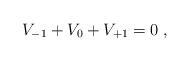
LaTeX: \begin{align*}V_{-1}+V_0+V_{+1}=0\; ,\end{align*}